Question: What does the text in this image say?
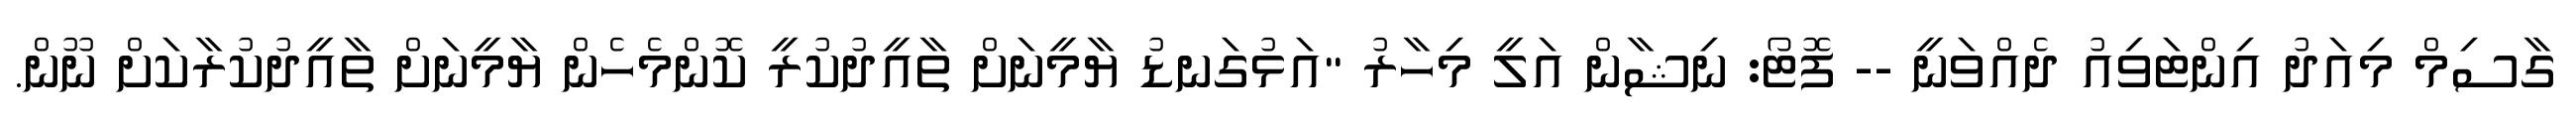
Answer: ގާސިމް މިއަދު އިންޓަވިއު ދެއްވަނީ -- ފޮޓޯ: ނިޝާން އަލީ މިހާރު "އަޅުގަނޑު ޔާމީނަށް ތާއީދުކުރީ ކޮންމެހެން ޔާމީނަށް ތާއީދުކުރާކަށް ނޫން.